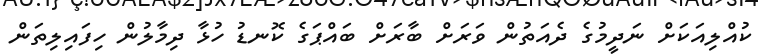
ކުއްލިއަކަށް ނަދީމުގެ ދެއަތުން ވަރަށް ބާރަށް ބައްޕަގެ ކޮނޑު ހުޅާ ދިމާލުން ހިފައިލިތަން